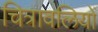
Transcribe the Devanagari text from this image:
चित्रावलियों